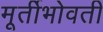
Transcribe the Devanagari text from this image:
मूर्तीभोवती